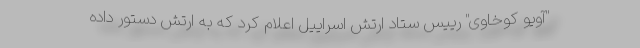
"آویو کوخاوی" رییس ستاد ارتش اسراییل اعلام کرد که به ارتش دستور داده